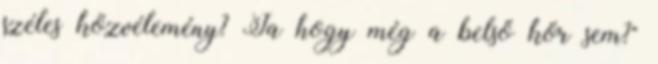
széles közvélemény? Ja hogy még a belső kör sem?"